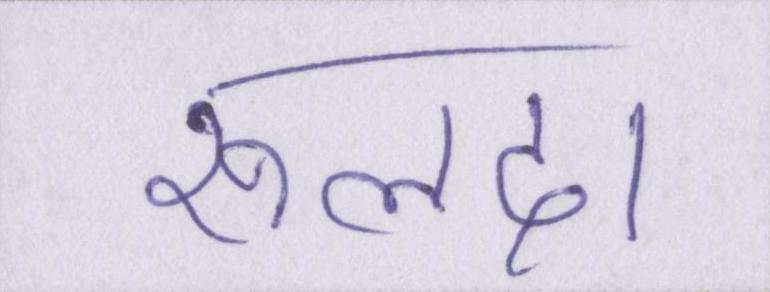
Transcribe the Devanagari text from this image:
रूलदा